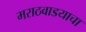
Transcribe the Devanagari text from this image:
मराठवाडयाचा